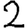
Digit: 2